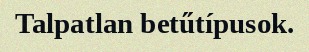
Talpatlan betűtípusok.